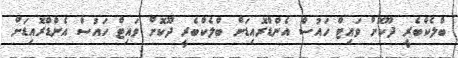
ބްލެކްބެރީ ދޫކޮށް ވައިޓް ހައުސް އެންޑްރޮއިޑަށް ބްލެކްބެރީ ދޫކޮށް ވައިޓް ހައުސް އެންޑްރޮއިޑަށް